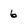
Character: 6